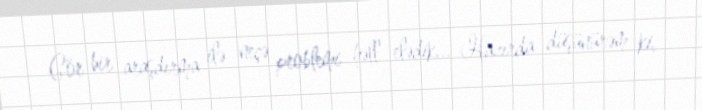
Gör bir araşdırma ilə neçə problemi həll elədik... Hazırda düşünürəm ki,